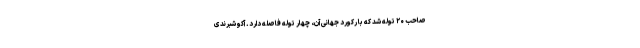
صاحب ۲۰ توله شد که با رکورد جهانی آن، چهار توله فاصله دارد. آکو شبرندی